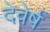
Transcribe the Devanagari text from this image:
देवेर्ष